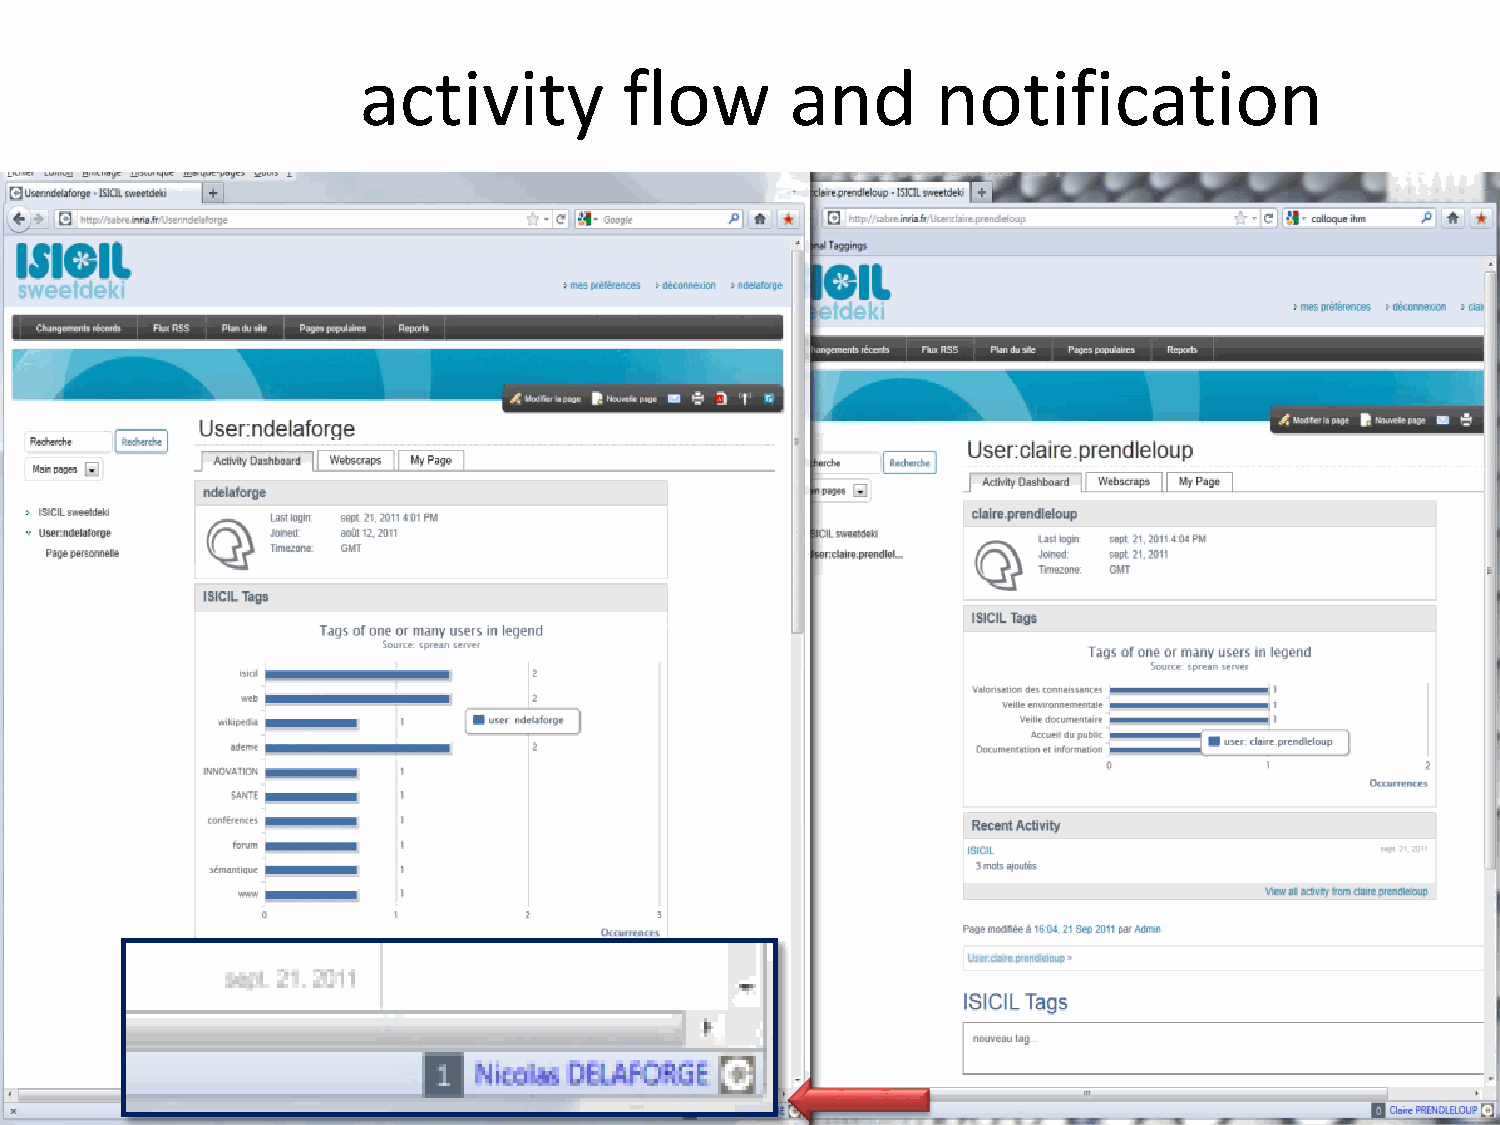
activity         flow       and       notification